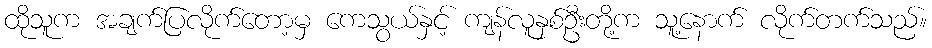
ထိုသူက အချက်ပြလိုက်တော့မှ ကေသွယ်နှင့် ကျန်လူနှစ်ဦးတို့က သူ့နောက် လိုက်တက်သည်။